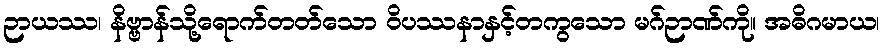
ဉာယဿ၊ နိဗ္ဗာန်သို့ရောက်တတ်သော ဝိပဿနာနှင့်တကွသော မဂ်ဉာဏ်ကို။ အဓိဂမာယ၊